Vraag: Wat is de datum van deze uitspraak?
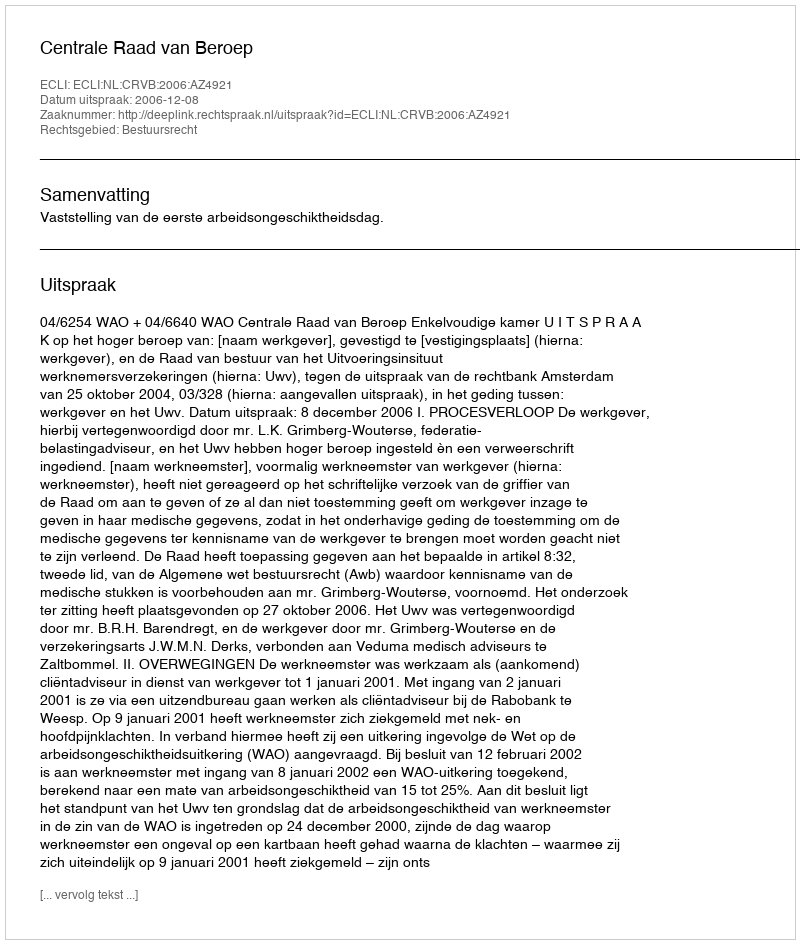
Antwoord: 2006-12-08